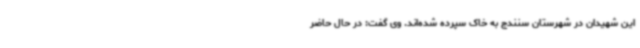
این شهیدان در شهرستان سنندج به خاک سپرده شده‌اند. وی گفت: در حال حاضر